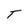
Character: T